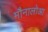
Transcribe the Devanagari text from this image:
मौनालोआ